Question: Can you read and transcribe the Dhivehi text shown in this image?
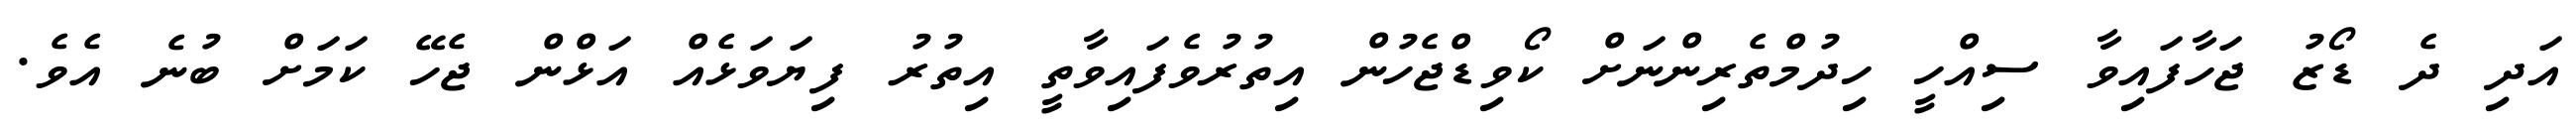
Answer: އަދި ދެ ޑޯޒު ޖަހާފައިވާ ސިއްހީ ހިދުމްތެރިންނަށް ކޯވިޑްޖެހުން އިތުރުވެފައިވާތީ އިތުރު ފިޔަވަޅެއް އަޅްން ޖެހޭ ކަމަށް ބުނެ އެވެ.